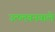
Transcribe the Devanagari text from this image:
उत्प्लवनवाले